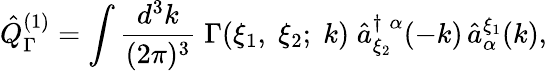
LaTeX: \hat{Q}_{\Gamma}^{(1)}=\int\frac{d^{3}k}{(2\pi)^{3}}\; \Gamma(\xi_{1},\; \xi_{2};\; k)\; \hat{a}_{\xi_{2}}^{\dagger\; \alpha}(-k)\, \hat{a}_{\alpha}^{\xi_{1}}(k),